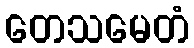
တေသမေတံ